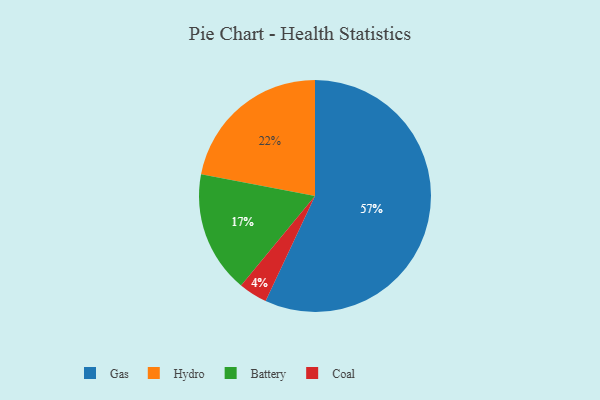
{"axis": {"x": "Category", "y": "Percentage"}, "legend": ["Battery", "Coal", "Gas", "Hydro"], "data": [{"x": "Coal", "y": 4, "type": "Coal"}, {"x": "Hydro", "y": 22, "type": "Hydro"}, {"x": "Gas", "y": 57, "type": "Gas"}, {"x": "Battery", "y": 17, "type": "Battery"}]}